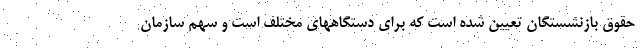
حقوق بازنشستگان تعیین شده است که برای دستگاههای مختلف است و سهم سازمان